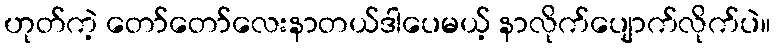
ဟုတ်ကဲ့ တော်တော်လေးနာတယ်ဒါပေမယ့် နာလိုက်ပျောက်လိုက်ပဲ။